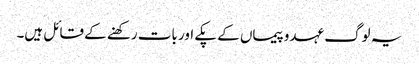
یہ لوگ عہدوپیماں کے پکے اور بات رکھنے کے قائل ہیں۔